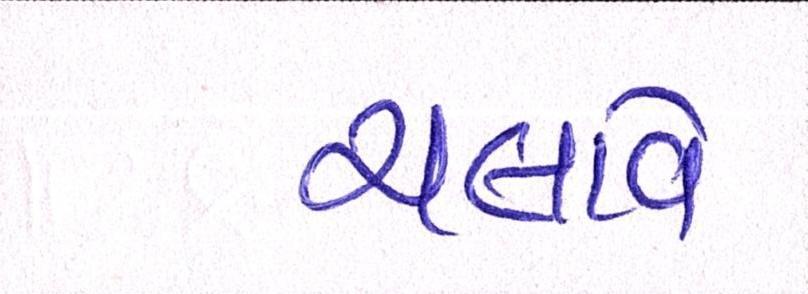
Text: ચલાવે